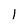
Character: 1